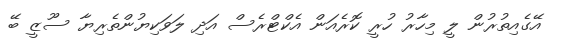
އޭގެއިތުރުން ލީ މިހާރު ހުރީ ކޮރެއަން އެކްޓްރެސް އަދި ލަވަކިޔުންތެރިޔާ ސޫޒީ ބޭ